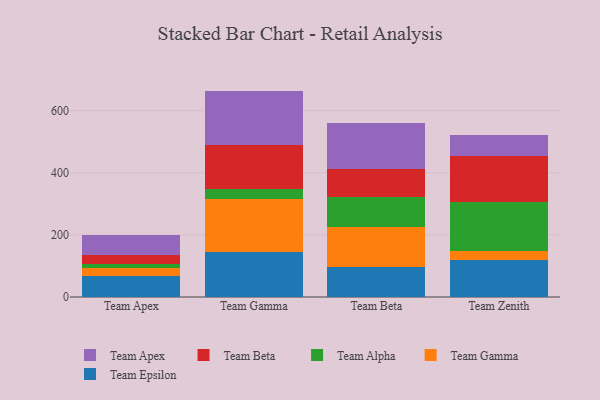
{"axis": {"x": "Team", "y": "Population (Million)"}, "legend": ["Team Alpha", "Team Apex", "Team Beta", "Team Epsilon", "Team Gamma"], "data": [{"x": "Team Apex", "y": 67.7, "type": "Team Epsilon"}, {"x": "Team Apex", "y": 26.8, "type": "Team Gamma"}, {"x": "Team Apex", "y": 11.5, "type": "Team Alpha"}, {"x": "Team Apex", "y": 28.4, "type": "Team Beta"}, {"x": "Team Apex", "y": 66.2, "type": "Team Apex"}, {"x": "Team Gamma", "y": 144.8, "type": "Team Epsilon"}, {"x": "Team Gamma", "y": 172.3, "type": "Team Gamma"}, {"x": "Team Gamma", "y": 30.2, "type": "Team Alpha"}, {"x": "Team Gamma", "y": 143.1, "type": "Team Beta"}, {"x": "Team Gamma", "y": 173.3, "type": "Team Apex"}, {"x": "Team Beta", "y": 96.8, "type": "Team Epsilon"}, {"x": "Team Beta", "y": 129.7, "type": "Team Gamma"}, {"x": "Team Beta", "y": 96.6, "type": "Team Alpha"}, {"x": "Team Beta", "y": 89.4, "type": "Team Beta"}, {"x": "Team Beta", "y": 146.2, "type": "Team Apex"}, {"x": "Team Zenith", "y": 119.7, "type": "Team Epsilon"}, {"x": "Team Zenith", "y": 27.2, "type": "Team Gamma"}, {"x": "Team Zenith", "y": 158.5, "type": "Team Alpha"}, {"x": "Team Zenith", "y": 148.6, "type": "Team Beta"}, {"x": "Team Zenith", "y": 68.3, "type": "Team Apex"}]}